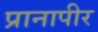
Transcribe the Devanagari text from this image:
प्रानापीर